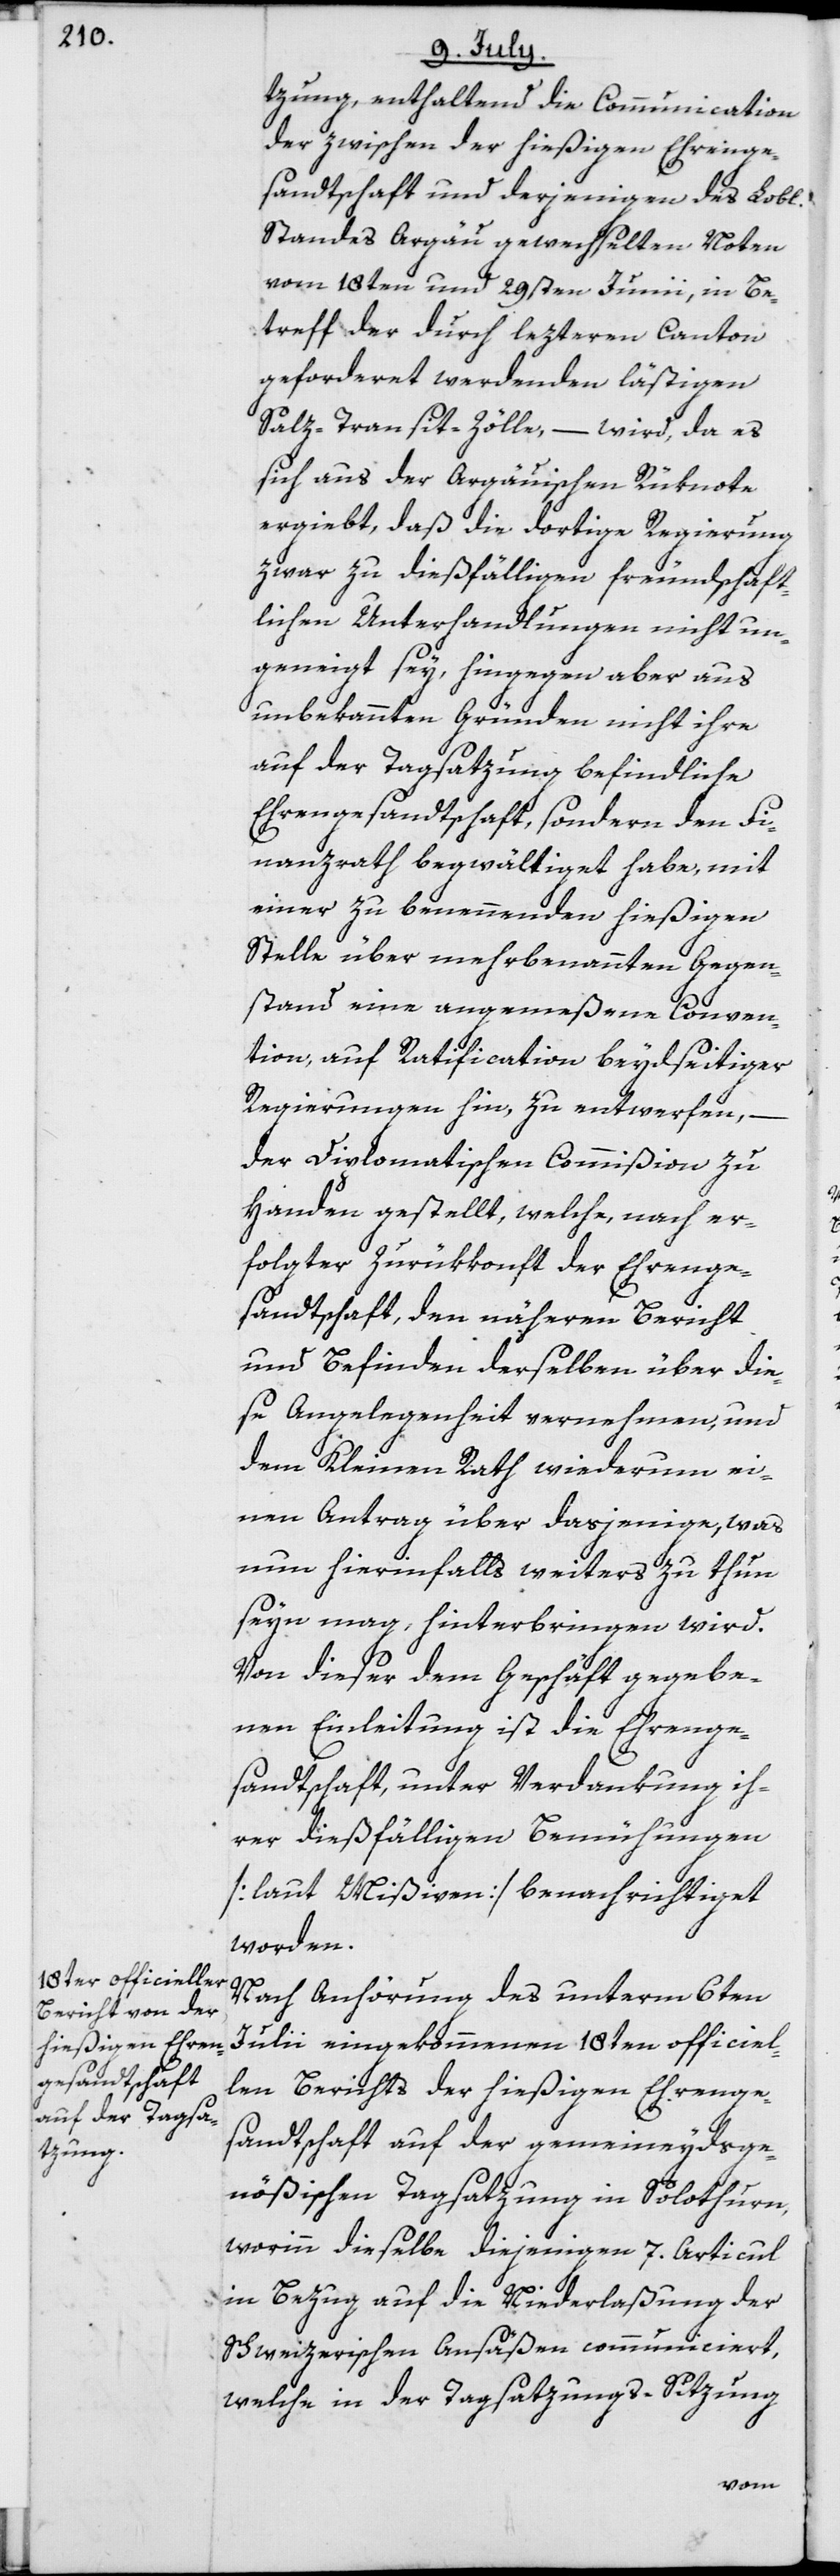
tzung, enthaltend die Communication
der zwischen der hießigen Ehrenge¬
sandtschaft und derjenigen des Lobl.
Standes Argau gewechselten Noten
vom 18ten und 29sten Junii, in Be¬
treff der durch lezteren Canton
geforderet werdenden lästigen
Salz-Transit-Zölle, – wird, da es
sich aus der Argauischen Rüknote
ergiebt, daß die dortige Regierung
zwar zu dießfälligen freundschaft¬
lichen Unterhandlungen nicht un¬
geneigt sey, hingegen aber aus
unbekannten Gründen nicht ihre
auf der Tagsatzung befindliche
Ehrengesandtschaft, sondern den Fi¬
nanzrath begwältiget habe, mit
einer zu benennenden hießigen
Stelle über mehrbenannten Gegen¬
stand eine angemeßene Conven¬
tion, auf Ratification beydseitiger
Regierungen hin, zu entwerfen,
der Diplomatischen Commißion zu
Handen gestellt, welche, nach er¬
folgter Zurükkonft der Ehrenge¬
sandtschaft, den näheren Bericht
und Befinden derselben über die¬
se Angelegenheit vernehmen, und
dem Kleinen Rath wiederum ei¬
nen Antrag über dasjenige, was
nun hierinfalls weiters zu thun
seyn mag, hinterbringen wird.
Von dieser dem Geschäft gegebe¬
nen Einleitung ist die Ehrenge¬
sandtschaft unter Verdankung ih¬
rer dießfälligen Bemühungen
[laut Mißiven] benachrichtiget
worden.
Nach Anhörung des unterm 6ten
Julii eingekommenen 18ten officiel¬
len Berichts der hießigen Ehrenge¬
sandtschaft auf der gemeineydsge¬
nößischen Tagsatzung in Solothurn,
worinn dieselbe diejenigen 7. Articul
in Bezug auf die Niederlaßung der
Schweizerischen Ansäßen communiciert,
welche in der Tagsatzungs-Sitzung